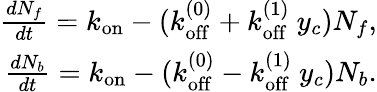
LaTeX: \begin{array}{r}{\frac{dN_{f}}{dt}=k_{\mathrm{on}}-(k_{\mathrm{off}}^{(0)}+k_{\mathrm{off}}^{(1)}\ y_{c})N_{f},}\\ {\frac{dN_{b}}{dt}=k_{\mathrm{on}}-(k_{\mathrm{off}}^{(0)}-k_{\mathrm{off}}^{(1)}\ y_{c})N_{b}.}\end{array}